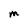
Character: M